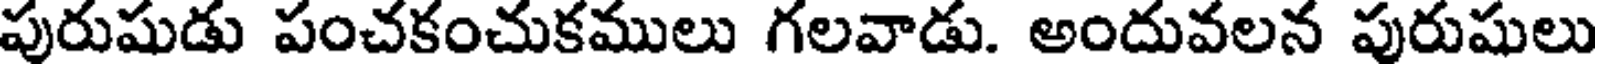
పురుషుడు పంచకంచుకములు గలవాడు. అందువలన పురుషులు